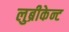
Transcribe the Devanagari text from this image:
लुब्रीकेन्ट